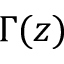
\Gamma ( z )